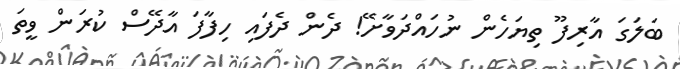
ބަލަގަ އާރިފޫ ތިޔަހެން ނުހައްދަވާށޭ! ދެން ދެފައި ހިފާފަ އާދޭސް ކުރަން ވީތަ